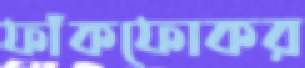
ফাঁকফোকর